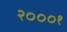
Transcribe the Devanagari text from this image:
२०००१